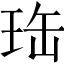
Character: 珤